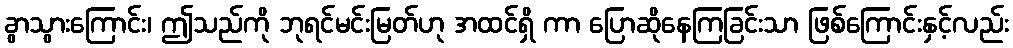
ခွာသွားကြောင်း၊ ဤသည်ကို ဘုရင်မင်းမြတ်ဟု အထင်ရှိ ကာ ပြောဆိုနေကြခြင်းသာ ဖြစ်ကြောင်းနှင့်လည်း